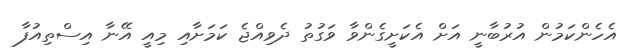
އެހެންކަމުން އުރުބާނީ އަށް އެކަށީގެންވާ ވަގުތު ދެވިއްޖެ ކަމަށާއި މިއީ އޭނާ އިސްތިއުފާ